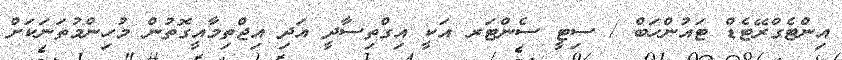
އިންޓެގްރޭޓެޑް ޓައުންހަބް / ސިޓީ ސެންޓަރ އަކީ އިގްތިސާދީ އަދި އިޖްތިމާއީގޮތުން މުހިންމުތަނަކަށް